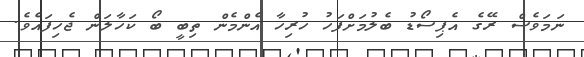
ނަމަވެސް ރޭގެ އެޕިސޯޑު ބެލުމަށްފަހު ހުރިހާ އެންމެން ތިބީ ބޯ ކަހާލަން ޖެހިފައެވެ.